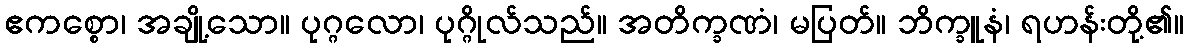
ဧကစ္စော၊ အချို့သော။ ပုဂ္ဂလော၊ ပုဂ္ဂိုလ်သည်။ အတိက္ခဏံ၊ မပြတ်။ ဘိက္ခူနံ၊ ရဟန်းတို့၏။